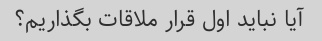
آیا نباید اول قرار ملاقات بگذاریم؟